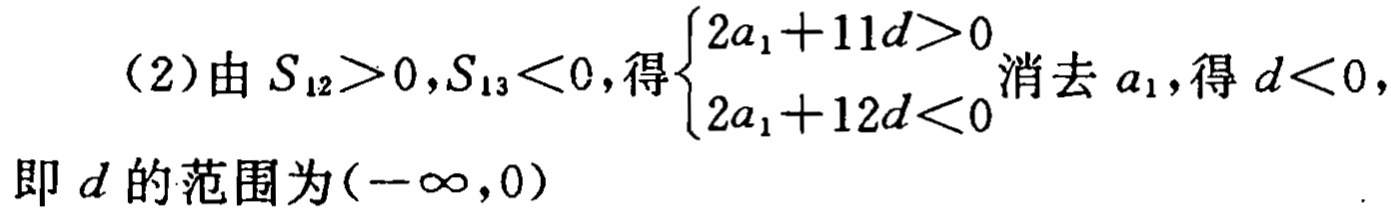
（2）由 \(S_{12}>0,S_{13}<0\)，得\(\begin{cases}2a_{1}+11d>0\\2a_{1}+12d<0\end{cases}\)消去 \(a_{1}\)，得 \(d<0\)，即 \(d\) 的范围为\((-\infty,0)\)